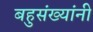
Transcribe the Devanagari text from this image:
बहुसंख्यांनी